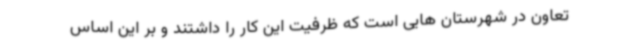
تعاون در شهرستان هایی است که ظرفیت این کار را داشتند و بر این اساس